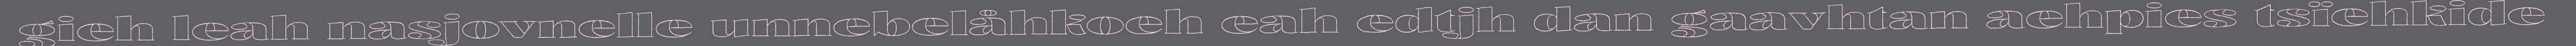
gieh leah nasjovnelle unnebelåhkoeh eah edtjh dan gaavhtan aehpies tsïehkide